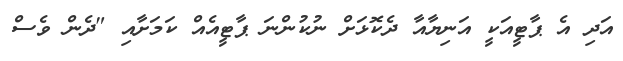
އަދި އެ ޕާޓީއަކީ އަނިޔާއާ ދެކޮޅަށް ނުކުންނަ ޕާޓީއެއް ކަމަށާއި "ދެން ވެސް